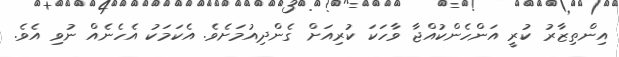
އިންތިޒާރު ކުރީ އަންހެންކުއްޖާ ވާހަކަ ކުރިއަށް ގެންދިއުމަށެވެ. އެކަމަކު އެހެނެއް ނުވި އެވެ.